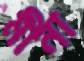
মীনা